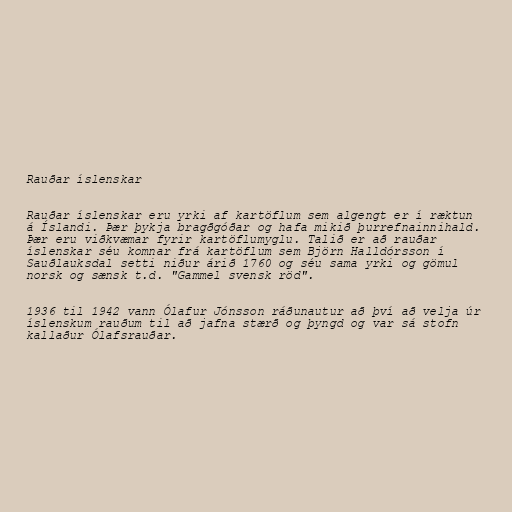
Rauðar íslenskar

Rauðar íslenskar eru yrki af kartöflum sem algengt er í ræktun
á Íslandi. Þær þykja bragðgóðar og hafa mikið þurrefnainnihald.
Þær eru viðkvæmar fyrir kartöflumyglu. Talið er að rauðar
íslenskar séu komnar frá kartöflum sem Björn Halldórsson í
Sauðlauksdal setti niður árið 1760 og séu sama yrki og gömul
norsk og sænsk t.d. "Gammel svensk röd".

1936 til 1942 vann Ólafur Jónsson ráðunautur að því að velja úr
íslenskum rauðum til að jafna stærð og þyngd og var sá stofn
kallaður Ólafsrauðar.